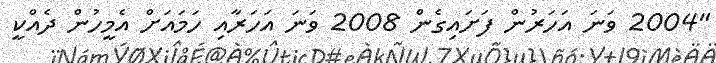
"2004 ވަނަ އަހަރުން ފަށައިގެން 2008 ވަނަ އަހަރާއި ހަމައަށް އެމީހުން ދެއްކީ